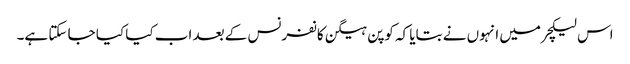
اس لیکچرمیں انہوں نے بتایا کہ کوپن ہیگن کانفرنس کے بعد اب کیا کیا جا سکتا ہے۔